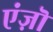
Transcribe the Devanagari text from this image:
एंज़ॊ